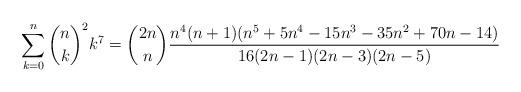
LaTeX: \begin{align*} \sum_{k=0}^n \binom{n}{k}^2 k^7 = \binom{2n}{n} \frac{n^4(n+1)(n^5+5n^4-15n^3-35n^2+70n-14)}{16(2n-1)(2n-3)(2n-5)}\end{align*}